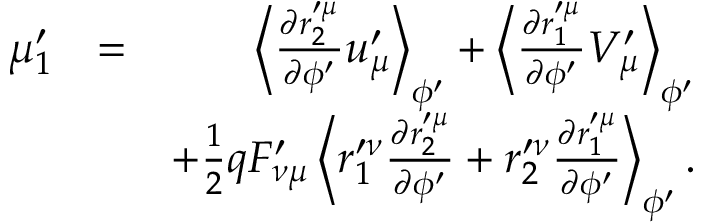
\begin{array} { r l r } { \mu _ { 1 } ^ { \prime } } & { = } & { \left\langle \frac { \partial r _ { 2 } ^ { \prime \mu } } { \partial \phi ^ { \prime } } u _ { \mu } ^ { \prime } \right\rangle _ { \phi ^ { \prime } } + \left\langle \frac { \partial r _ { 1 } ^ { \prime \mu } } { \partial \phi ^ { \prime } } V _ { \mu } ^ { \prime } \right\rangle _ { \phi ^ { \prime } } } \\ & { } & { + \frac { 1 } { 2 } q F _ { \nu \mu } ^ { \prime } \left\langle r _ { 1 } ^ { \prime \nu } \frac { \partial r _ { 2 } ^ { \prime \mu } } { \partial \phi ^ { \prime } } + r _ { 2 } ^ { \prime \nu } \frac { \partial r _ { 1 } ^ { \prime \mu } } { \partial \phi ^ { \prime } } \right\rangle _ { \phi ^ { \prime } } . } \end{array}